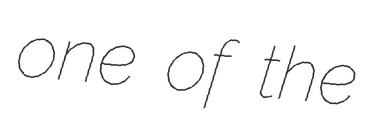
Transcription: one of the